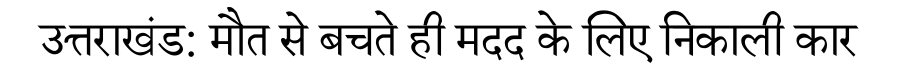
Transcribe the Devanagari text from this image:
उत्तराखंड: मौत से बचते ही मदद के लिए निकाली कार